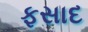
ફસાદ